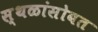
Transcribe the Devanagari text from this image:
स्थळांसोबत